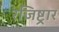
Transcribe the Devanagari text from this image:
रजिष्ट्रार